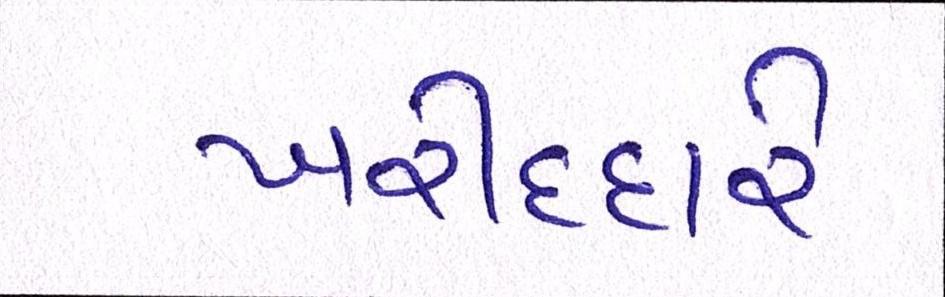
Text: ખરીદદારે